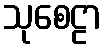
သုစေဠာ